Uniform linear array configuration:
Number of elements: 16
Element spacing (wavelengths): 1
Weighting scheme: hamming
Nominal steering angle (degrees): -60
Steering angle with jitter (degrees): -58.047
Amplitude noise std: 0.05
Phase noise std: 0.05

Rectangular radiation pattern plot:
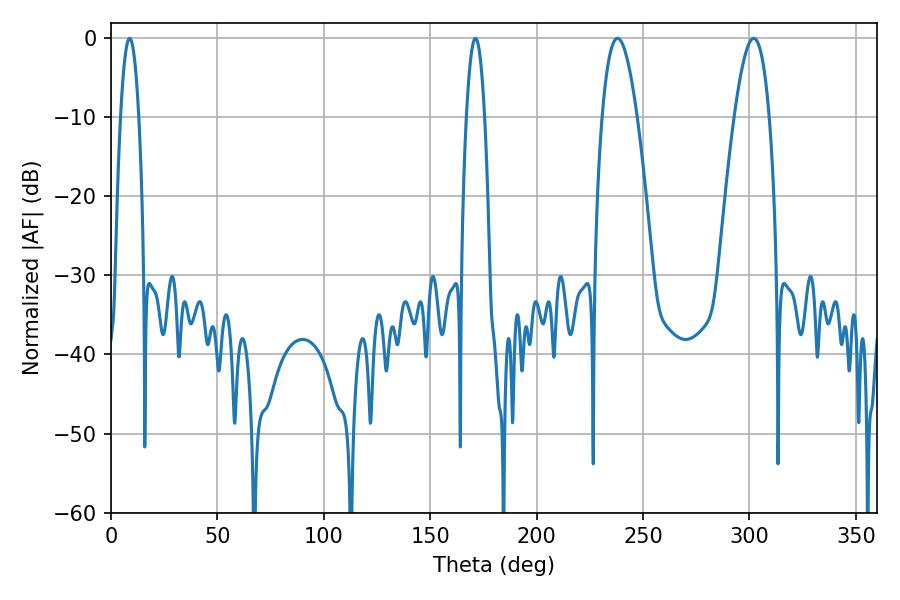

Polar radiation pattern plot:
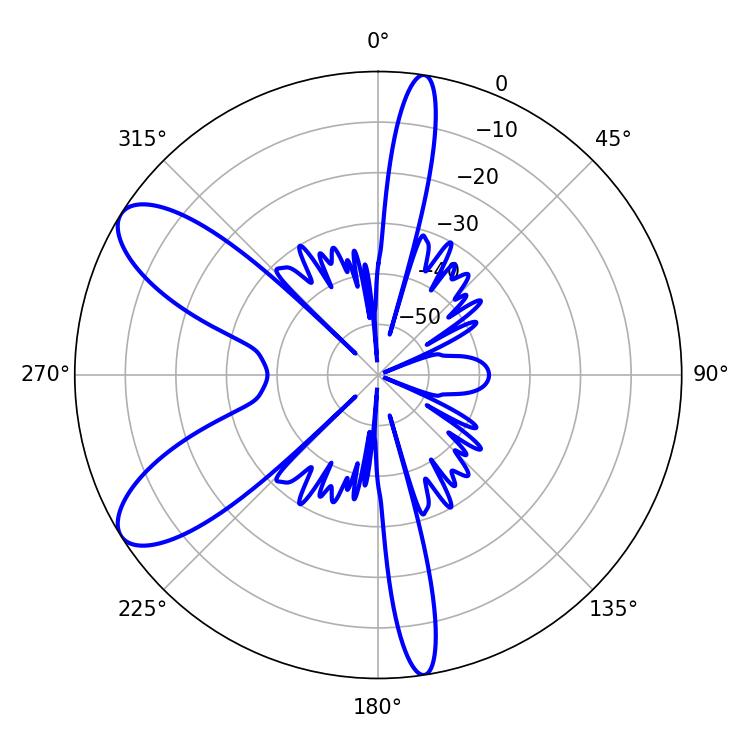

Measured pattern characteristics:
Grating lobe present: TRUE
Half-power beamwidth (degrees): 9
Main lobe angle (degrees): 237.96